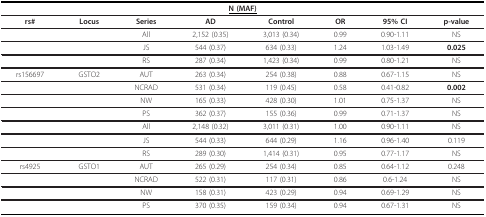
<table><thead><tr><td colspan="8"><b><underline>N (MAF)</underline></b></td></tr></thead><tbody><tr><td><b>rs#</b></td><td><b>Locus</b></td><td><b>Series</b></td><td><b>AD</b></td><td><b>Control</b></td><td><b>OR</b></td><td><b>95% CI</b></td><td><b>p-value</b></td></tr><tr><td></td><td></td><td>All</td><td>2,152 (0.35)</td><td>3,013 (0.34)</td><td>0.99</td><td>0.90-1.11</td><td>NS</td></tr><tr><td></td><td></td><td>JS</td><td>544 (0.37)</td><td>634 (0.33)</td><td>1.24</td><td>1.03-1.49</td><td><b>0.025</b></td></tr><tr><td></td><td></td><td>RS</td><td>287 (0.34)</td><td>1,423 (0.34)</td><td>0.99</td><td>0.80-1.21</td><td>NS</td></tr><tr><td>rs156697</td><td>GSTO2</td><td>AUT</td><td>263 (0.34)</td><td>254 (0.38)</td><td>0.88</td><td>0.67-1.15</td><td>NS</td></tr><tr><td></td><td></td><td>NCRAD</td><td>531 (0.34)</td><td>119 (0.45)</td><td>0.58</td><td>0.41-0.82</td><td><b>0.002</b></td></tr><tr><td></td><td></td><td>NW</td><td>165 (0.33)</td><td>428 (0.30)</td><td>1.01</td><td>0.75-1.37</td><td>NS</td></tr><tr><td></td><td></td><td>PS</td><td>362 (0.37)</td><td>155 (0.36)</td><td>0.99</td><td>0.71-1.37</td><td>NS</td></tr><tr><td></td><td></td><td>All</td><td>2,148 (0.32)</td><td>3,011 (0.31)</td><td>1.00</td><td>0.90-1.11</td><td>NS</td></tr><tr><td></td><td></td><td>JS</td><td>544 (0.33)</td><td>644 (0.29)</td><td>1.16</td><td>0.96-1.40</td><td>0.119</td></tr><tr><td></td><td></td><td>RS</td><td>289 (0.30)</td><td>1,414 (0.31)</td><td>0.95</td><td>0.77-1.17</td><td>NS</td></tr><tr><td>rs4925</td><td>GSTO1</td><td>AUT</td><td>265 (0.29)</td><td>254 (0.34)</td><td>0.85</td><td>0.64-1.12</td><td>0.248</td></tr><tr><td></td><td></td><td>NCRAD</td><td>522 (0.31)</td><td>117 (0.31)</td><td>0.86</td><td>0.6-1.24</td><td>NS</td></tr><tr><td></td><td></td><td>NW</td><td>158 (0.31)</td><td>423 (0.29)</td><td>0.94</td><td>0.69-1.29</td><td>NS</td></tr><tr><td></td><td></td><td>PS</td><td>370 (0.35)</td><td>159 (0.34)</td><td>0.94</td><td>0.67-1.31</td><td>NS</td></tr></tbody></table>